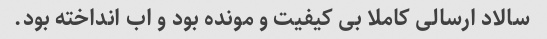
سالاد ارسالی کاملا بی کیفیت و مونده بود و اب انداخته بود.